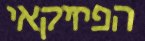
הפיזיקאי